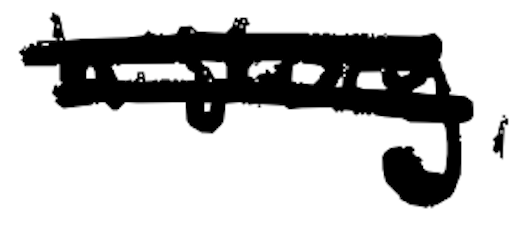
Text: history,
Cross-out: double-line
Writing tool: digital_black